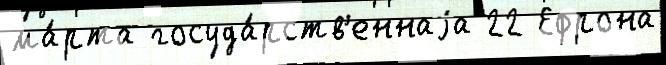
ма́рта госуда́рств'еннаjа 22 Ефрона